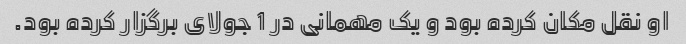
او نقل مکان کرده بود و یک مهمانی در 1 جولای برگزار کرده بود.